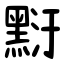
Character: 䵦